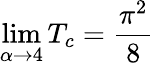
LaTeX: \operatorname*{lim}_{\alpha\to 4}T_{c}=\frac{\pi^{2}}{8}